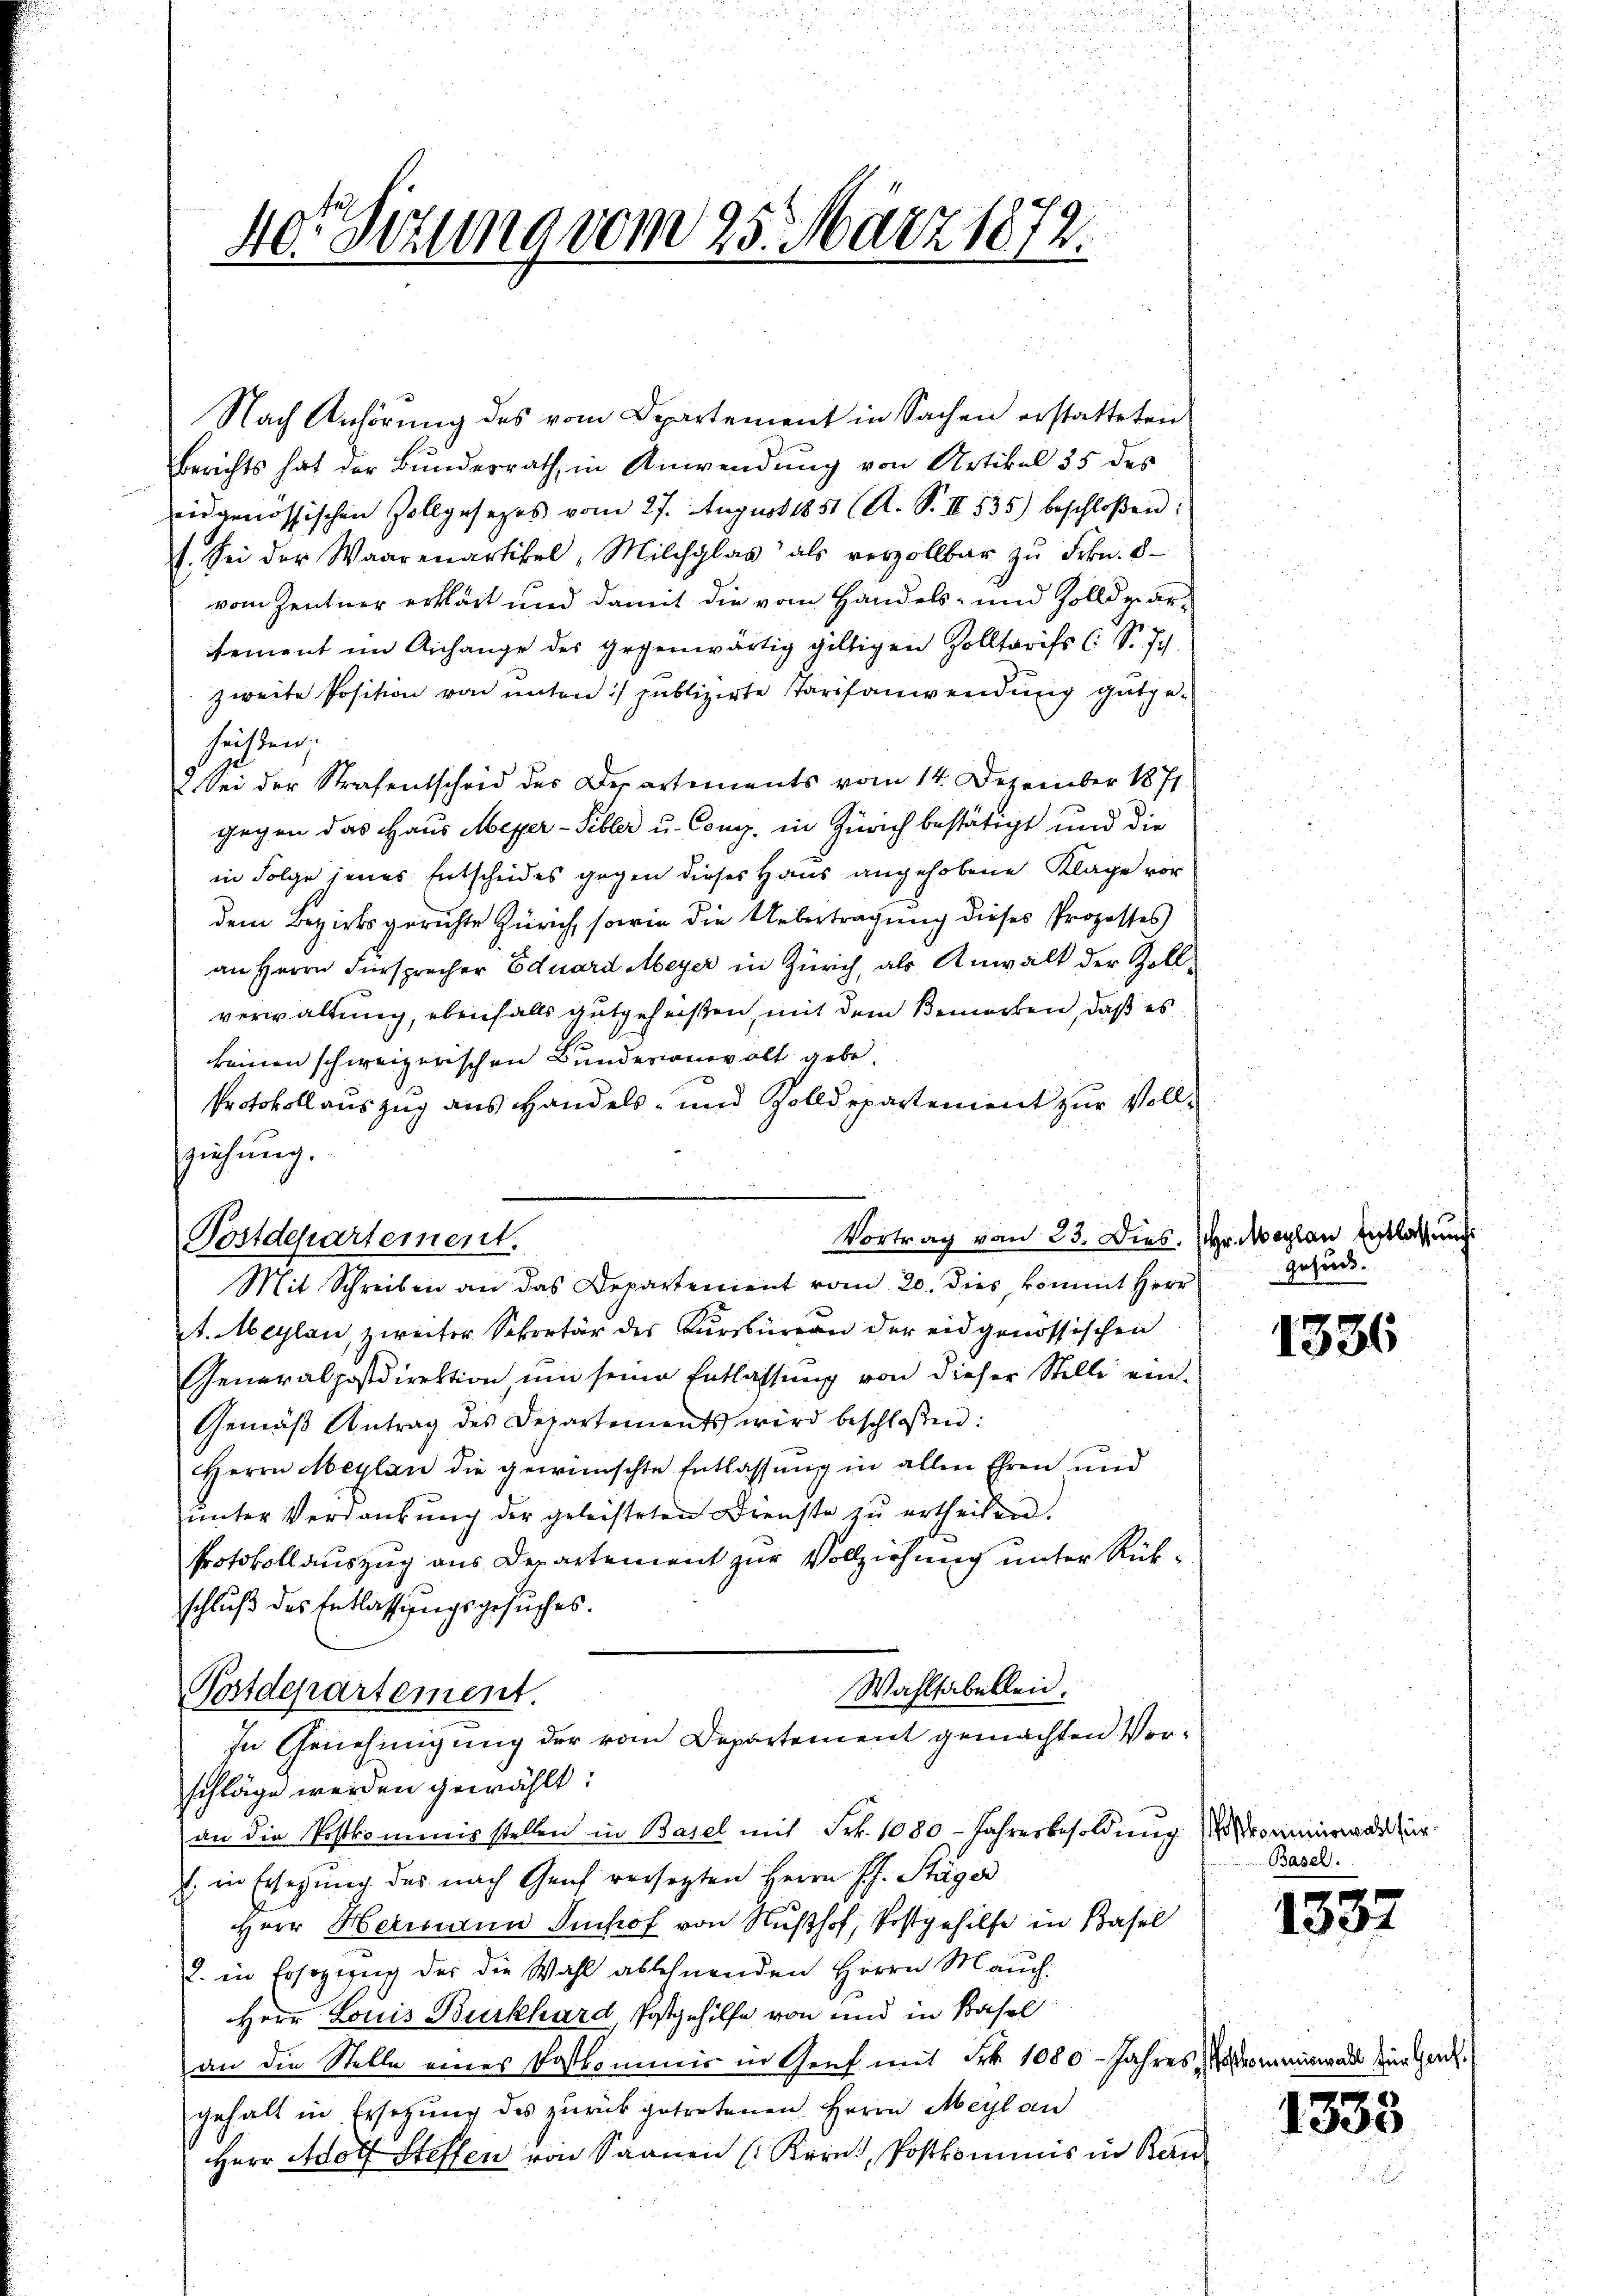
40r Sitzung vom 25. März 1872.

Nach Anhörung des vom Departement in Sachen erstatteten
Berichts hat der Bundesrath, in Anwendung von Artikel 35 des
eidgenössischen Zollgesezes vom 27. August 1851 (A. S. II 535) beschloßen:
1. Sei der Waarenartikel, Milchglas als verzollbar zŭ Frkn. 8.
vom Zentner erklärt und damit die vom Handels- und Zolldpartement im Anhange des gegenwärtig giltigen Zolltarifs (: S. I.
zweite Position von unten :/ sublizirte Tarifanwendung gutgehüten,
2. Sei der Strafentscheid des Departements vom 14. Dezember 1871
gegen das Haus Meyer-Febler u. Comp. in Zürich bestätigt und die
in Folge jenes Entscheides gegen dieses Haus angehobene Klage vor
dem Bezirksgerichte Zürich, sowie die Uebertragung dieses Prozesses
an Herrn Fürsprecher Eduard Meyer in Zürich, als Anwalt der Zollverwaltung, ebenfalls gutgeheißen, mit dem Bemerken, daß es
keinen schweizerischen Bunderanevolt gebe.
Protokollauszug aus Handels- und Zolldepartement zur Vollziehung.
Vortrag von 23. Dies. Hr. Maylan Entlassung
Postdepartement.
Mit Schreiben an das Departement vom 20. dies kommt Herr
t. Maylan, zweiter Sekretär des Kŭrsbüreau der eidgenössischen
Generalpostdirektion, um seine Entlassung von dieser Stelle ein¬
Gemäß Antrag des Departements wird beschlossen:
Herrn Maylan die gewünschte Entlassŭng in allen Ehren und
ŭnter Verdankŭng der geleisteten Dienste zŭ ertheilen.
Protokoll auszug aus Departement zur Vollziehung unter Rükschluß des Entlassungsgesuches.
Wahlhabellen.
Postdepartement.
In Genehmigung der vom Departement gemachten Vor¬

schläge werden gewählt:

an die Postkommisstellen in Basel mit Frk. 1080 - Jahresbesoldŭng frommende für
E in Erlegung des nach Genf versetzten Herrn Pf. Stäger
Herr Hermann Imhof von Nußhof, Postgehilfe in Basel
l. in Ersezung der die Wahl ablehnenden Herrn Mauch.
Herr Louis Burkhard, Postgehilfe von und in Basel
an die Stelle eines Postkommis in Genf mit Frk. 1080 - Jahres der
gehalt in Ersetzŭng des zŭrückgetretenen Herrn Meyl an
Herr Adolf Steffen von Saanen (Krrn Postkommnis in Bau¬

dgehud.

Basel.

1336

1337

1333

für Heit¬